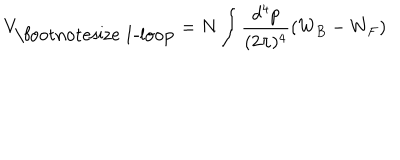
V _ { \mathrm { \footnotesize ~ 1 - l o o p } } = N \int \frac { d ^ { 4 } p } { ( 2 \pi ) ^ { 4 } } \left( W _ { B } - W _ { F } \right)